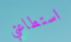
استطاعتي